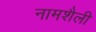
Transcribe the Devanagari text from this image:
नामशैली